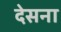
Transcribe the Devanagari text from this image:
देसना